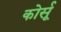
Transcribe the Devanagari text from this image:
कोर्सू